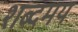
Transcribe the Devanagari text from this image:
शब्दमय